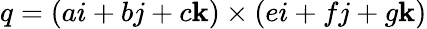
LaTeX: q=(ai+bj+c\mathbf{k})\times(ei+fj+g\mathbf{k})